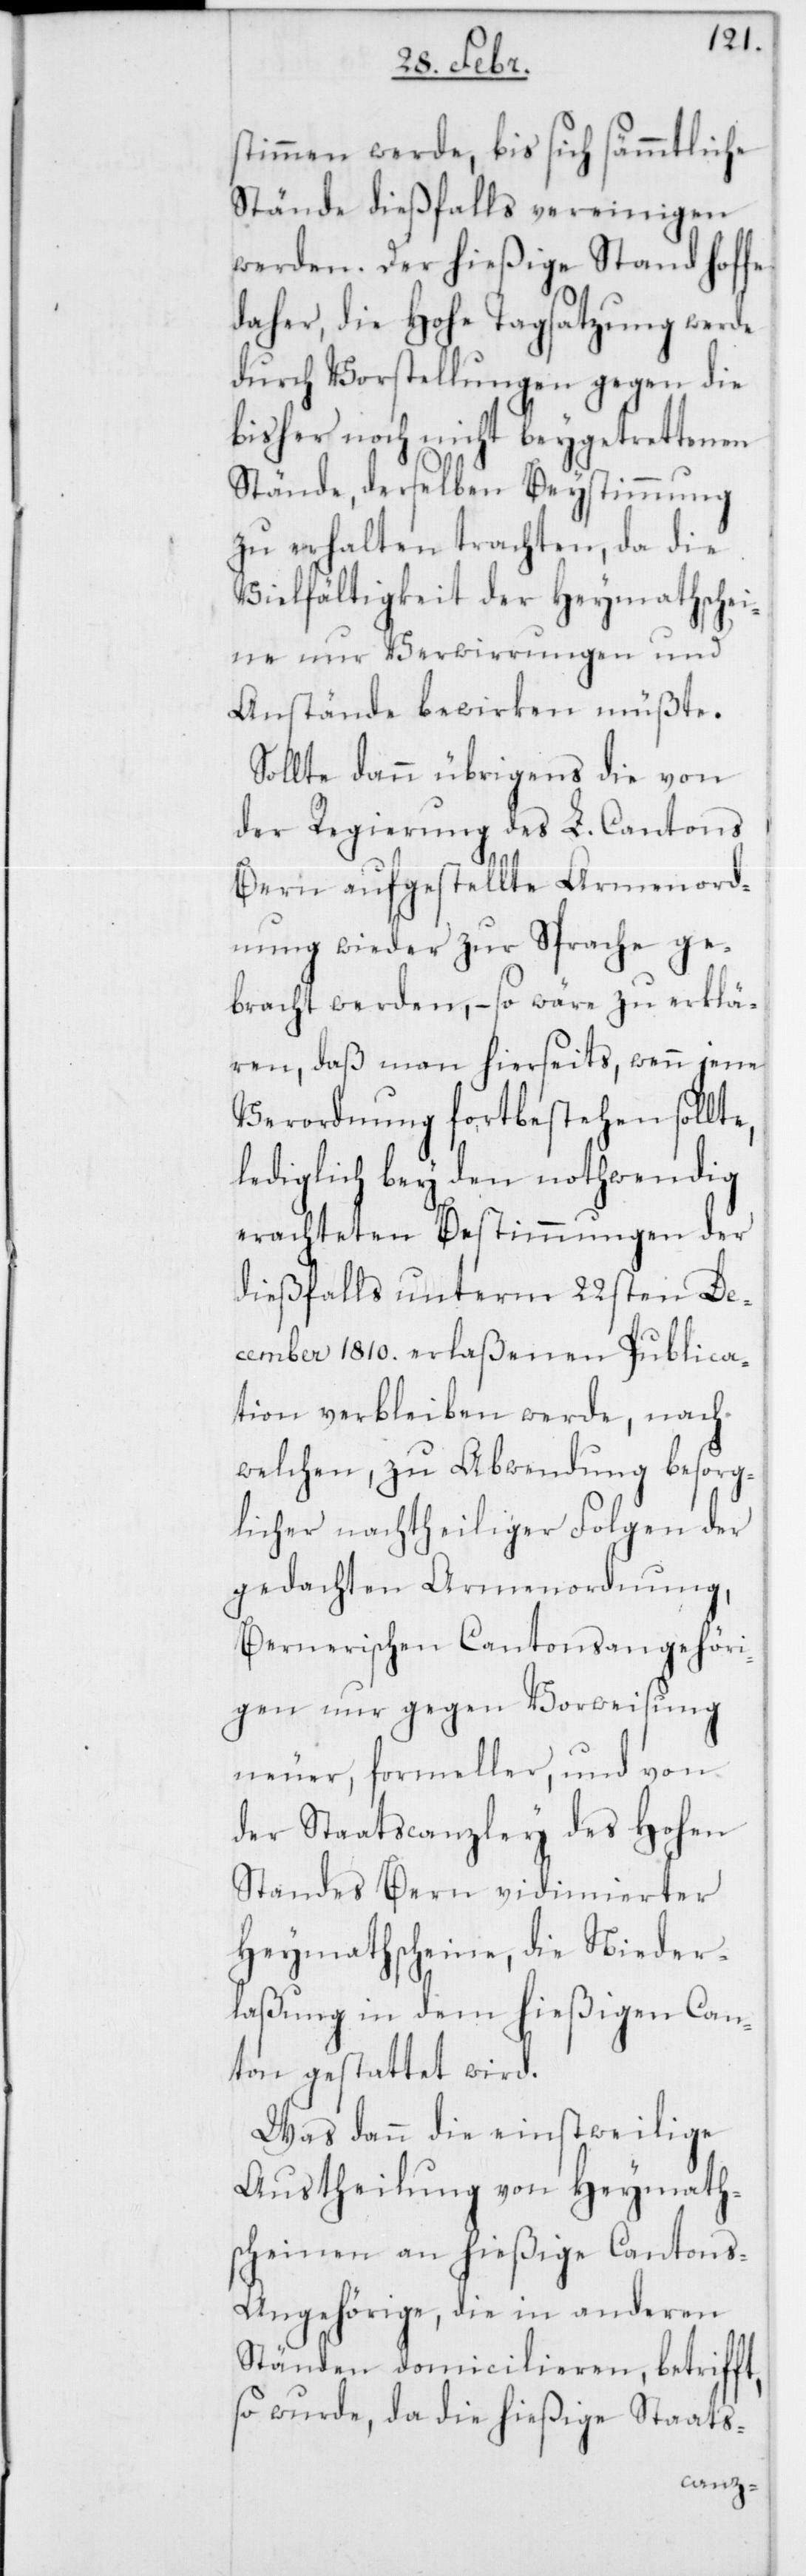
stimmen werde, bis sich sämmtliche
Stände dießfalls vereinigen
werden. Der hießige Stand hoffe
daher, die Hohe Tagsatzung werde
durch Vorstellungen gegen die
bisher noch nicht beygetrettenen
Stände, derselben Beystimmung
zu erhalten trachten, da die
Vielfältigkeit der Heymathschei¬
ne nur Verwirrungen und
Anstände bewirken müßte.
Sollte dann übrigens die von
der Regierung des L. Cantons
Bern aufgestellte Armenord¬
nung wieder zur Sprache ge¬
bracht werden, – so wäre zu erklä¬
ren, daß man hierseits, wenn jene
Verordnung fortbestehen sollte,
lediglich bey den nothwendig
erachteten Bestimmungen der
dießfalls unterm 22sten De¬
cember 1810. erlaßenen Publica¬
tion verbleiben werde, nach
welchen, zu Abwendung besorg¬
licher nachtheiliger Folgen der
gedachten Armenordnung,
Bernerischen Cantonsangehöri¬
gen nur gegen Vorweisung
neuer, formeller, und von
der Staatscanzley des Hohen
Standes Bern vidimierter
Heymathscheine, die Nieder¬
laßung in dem hießigen Can¬
ton gestattet wird.
Was dann die einstweilige
Austheilung von Heymath¬
scheinen an hießige Cantons-A¬
ngehörige, die in anderen
Ständen domicilieren, betrifft,
so wurde, da die hießige Staats-